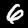
Digit: 6